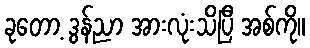
ခုတော့ ဒွန်ညာ အားလုံးသိပြီ အစ်ကို။